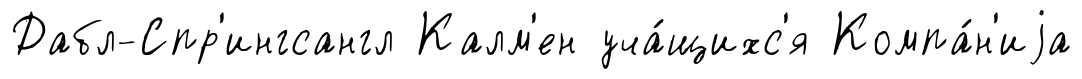
Дабл-Спр'ингсангл Калм'ен уча́щихс'я Компа́н'иjа